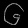
Digit: ၆